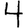
Digit: 4